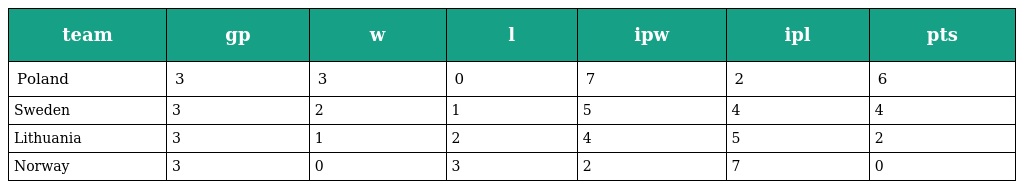
| team | gp | w | l | ipw | ipl | pts |
 | --- | --- | --- | --- | --- | --- | --- |
 | Poland | 3 | 3 | 0 | 7 | 2 | 6 |
 | Sweden | 3 | 2 | 1 | 5 | 4 | 4 |
 | Lithuania | 3 | 1 | 2 | 4 | 5 | 2 |
 | Norway | 3 | 0 | 3 | 2 | 7 | 0 |